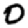
Digit: 0